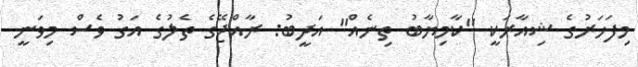
މިފަހަރުގެ ޝިއާރަކީ "ކާމިޔާބު ތިނެއް" އަދީބު: ރާއްޖޭގެ ތެލުގެ އަގު ވެސް މިވަނީ